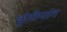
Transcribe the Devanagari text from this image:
वृंतोपांग